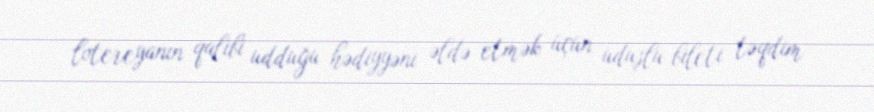
lotereyanın qalibi udduğu hədiyyəni əldə etmək üçün uduşlu bileti təqdim